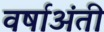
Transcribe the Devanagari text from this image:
वर्षाअंती